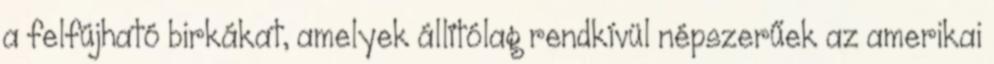
a felfújható birkákat, amelyek állítólag rendkívül népszerűek az amerikai